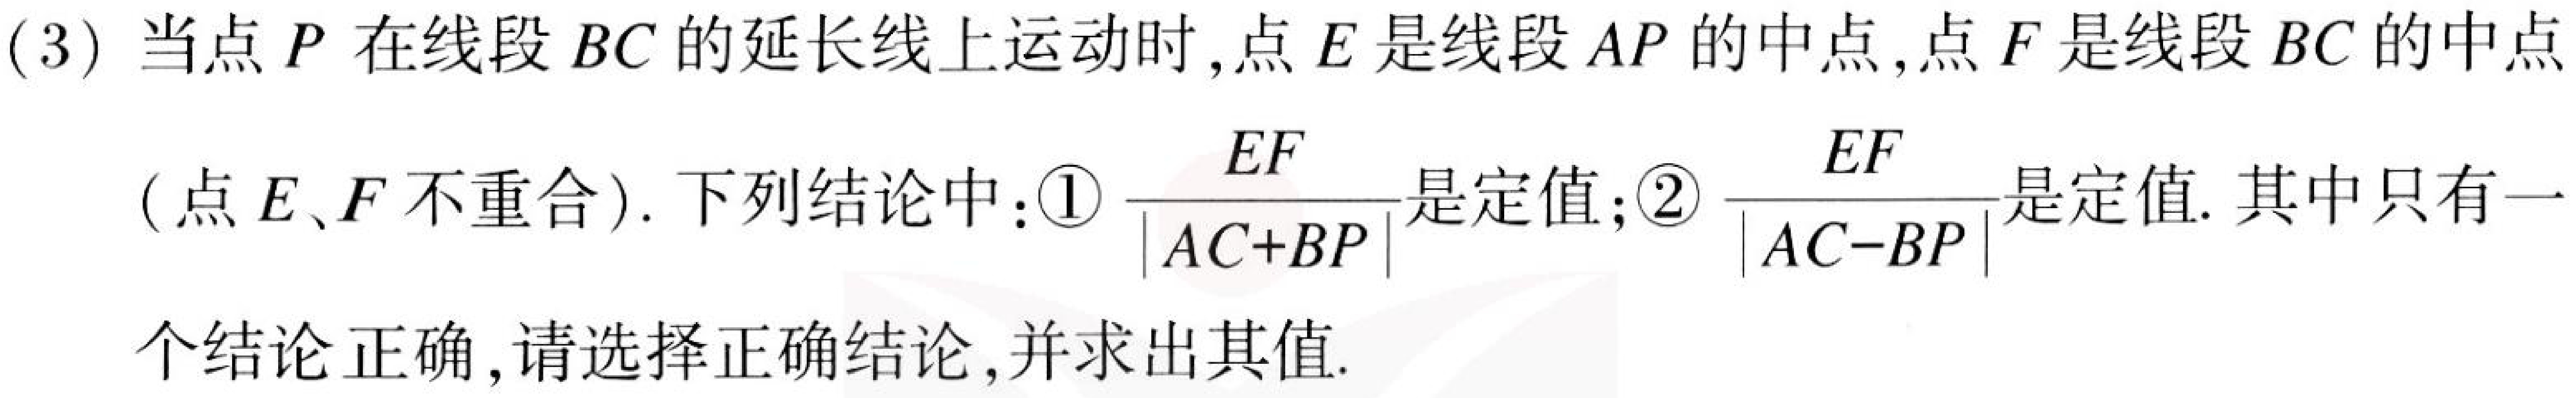
(3) 当点\(P\)在线段\(BC\)的延长线上运动时，点\(E\)是线段\(AP\)的中点，点\(F\)是线段\(BC\)的中点(点\(E\)、\(F\)不重合). 下列结论中：\textcircled{1}\(\frac{EF}{|AC + BP|}\)是定值；\textcircled{2}\(\frac{EF}{|AC - BP|}\)是定值. 其中只有一个结论正确，请选择正确结论，并求出其值.